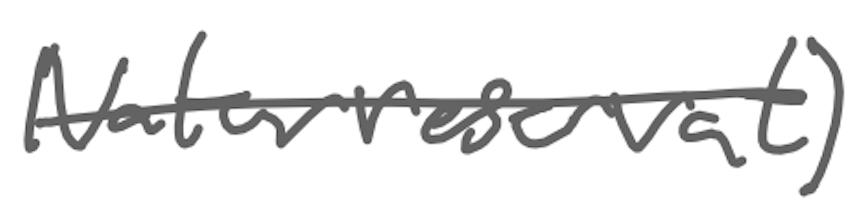
Text: naturreservat)
Cross-out: single-line
Writing tool: digital_gray